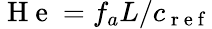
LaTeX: \mathrm{~H~e~}={f_{a}L}/{c_{\mathrm{~r~e~f~}}}